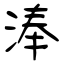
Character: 淎